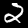
Digit: 2